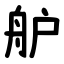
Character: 舮